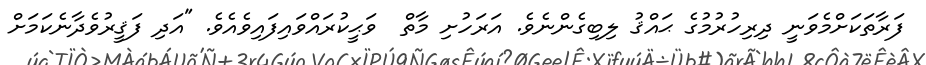
ފަރާތަކަށްމެވަނީ ދިރިހުރުމުގެ ޙައްޤު ލިބިގެންނެވެ. އަރަހުށި މާތް  ވަޙީކުރައްވައިފައިވެއެވެ. "އަދި ފަޤީރުވެދާނެކަމަށް